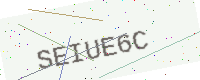
Text: SEIUE6C